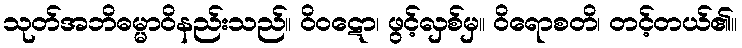
သုတ်အဘိဓမ္မာဝိနည်းသည်။ ဝိဝဋော၊ ဖွင့်လှစ်မှ။ ဝိရောစတိ၊ တင့်တယ်၏။